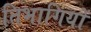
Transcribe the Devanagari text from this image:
तिभागियों